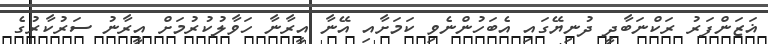
ޣަޒަންފަރު ރަކްނަބާދީ ދުނިޔޭގައި އެބަހުންނެވި ކަމަށާއި އޭނާ އީރާނާ ހަވާލުކުރުމަށް އީރާނު ސަރުކާރުގެ